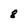
Character: 8